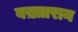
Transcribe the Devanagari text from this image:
बख़्तारान